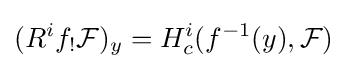
(R^{i}f_{!}{\mathcal {F}})_{y}=H_{c}^{i}(f^{-1}(y),{\mathcal {F}})